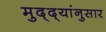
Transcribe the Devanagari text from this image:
मुद्‌द्‌यांनुसार